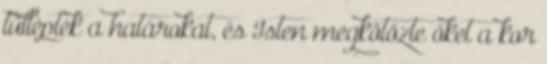
túllépték a határokat, és Isten megkötözte őket a kor